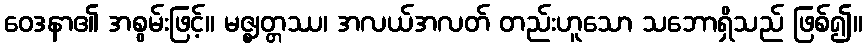
ဝေဒနာ၏ အစွမ်းဖြင့်။ မဇ္ဈတ္တဿ၊ အလယ်အလတ် တည်းဟူသော သဘောရှိသည် ဖြစ်၍။